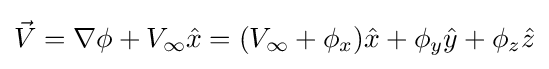
{\vec {V}}=\nabla \phi +V_{\infty }{\hat {x}}=(V_{\infty }+\phi _{x}){\hat {x}}+\phi _{y}{\hat {y}}+\phi _{z}{\hat {z}}